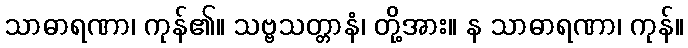
သာဓာရဏာ၊ ကုန်၏။ သဗ္ဗသတ္တာနံ၊ တို့အား။ န သာဓာရဏာ၊ ကုန်။